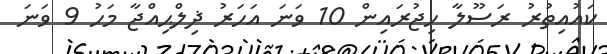
ކައުއިތުރު ރަސޫލާ ހިޖުރައިން 10 ވަނަ އަހަރު ޛިލްޙިއްޖާ މަހު 9 ވަނަ